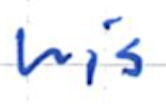
Text: his
Cross-out: clean
Writing tool: ballpoint